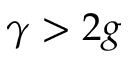
\gamma > 2 g